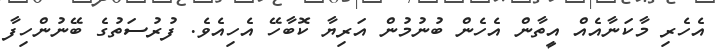
އެހެރި މާކަނާއެއް އީތާން އެހެން ބުނުމުން އަރިޔާ ކޮބާހޭ އެހިއެވެ. ފުރުސަތުގެ ބޭނުންހިފާ